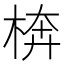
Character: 𱣥